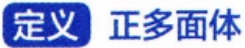
定义 正多面体